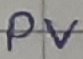
Text: PV